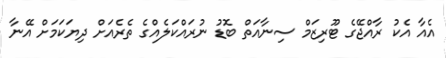
އެއާ އެކު ރާއްޖޭގެ ޓޫރިޒަމް ސިނާއަތް ބޮޑު ނުރައްކަލެއްގެ ތެރެއަށް ދިޔަކަމަށް އޭނާ